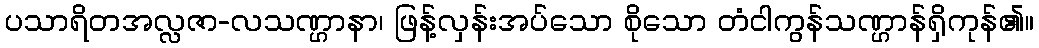
ပသာရိတအလ္လဇာ-လသဏ္ဌာနာ၊ ဖြန့်လှန်းအပ်သော စိုသော တံငါကွန်သဏ္ဌာန်ရှိကုန်၏။